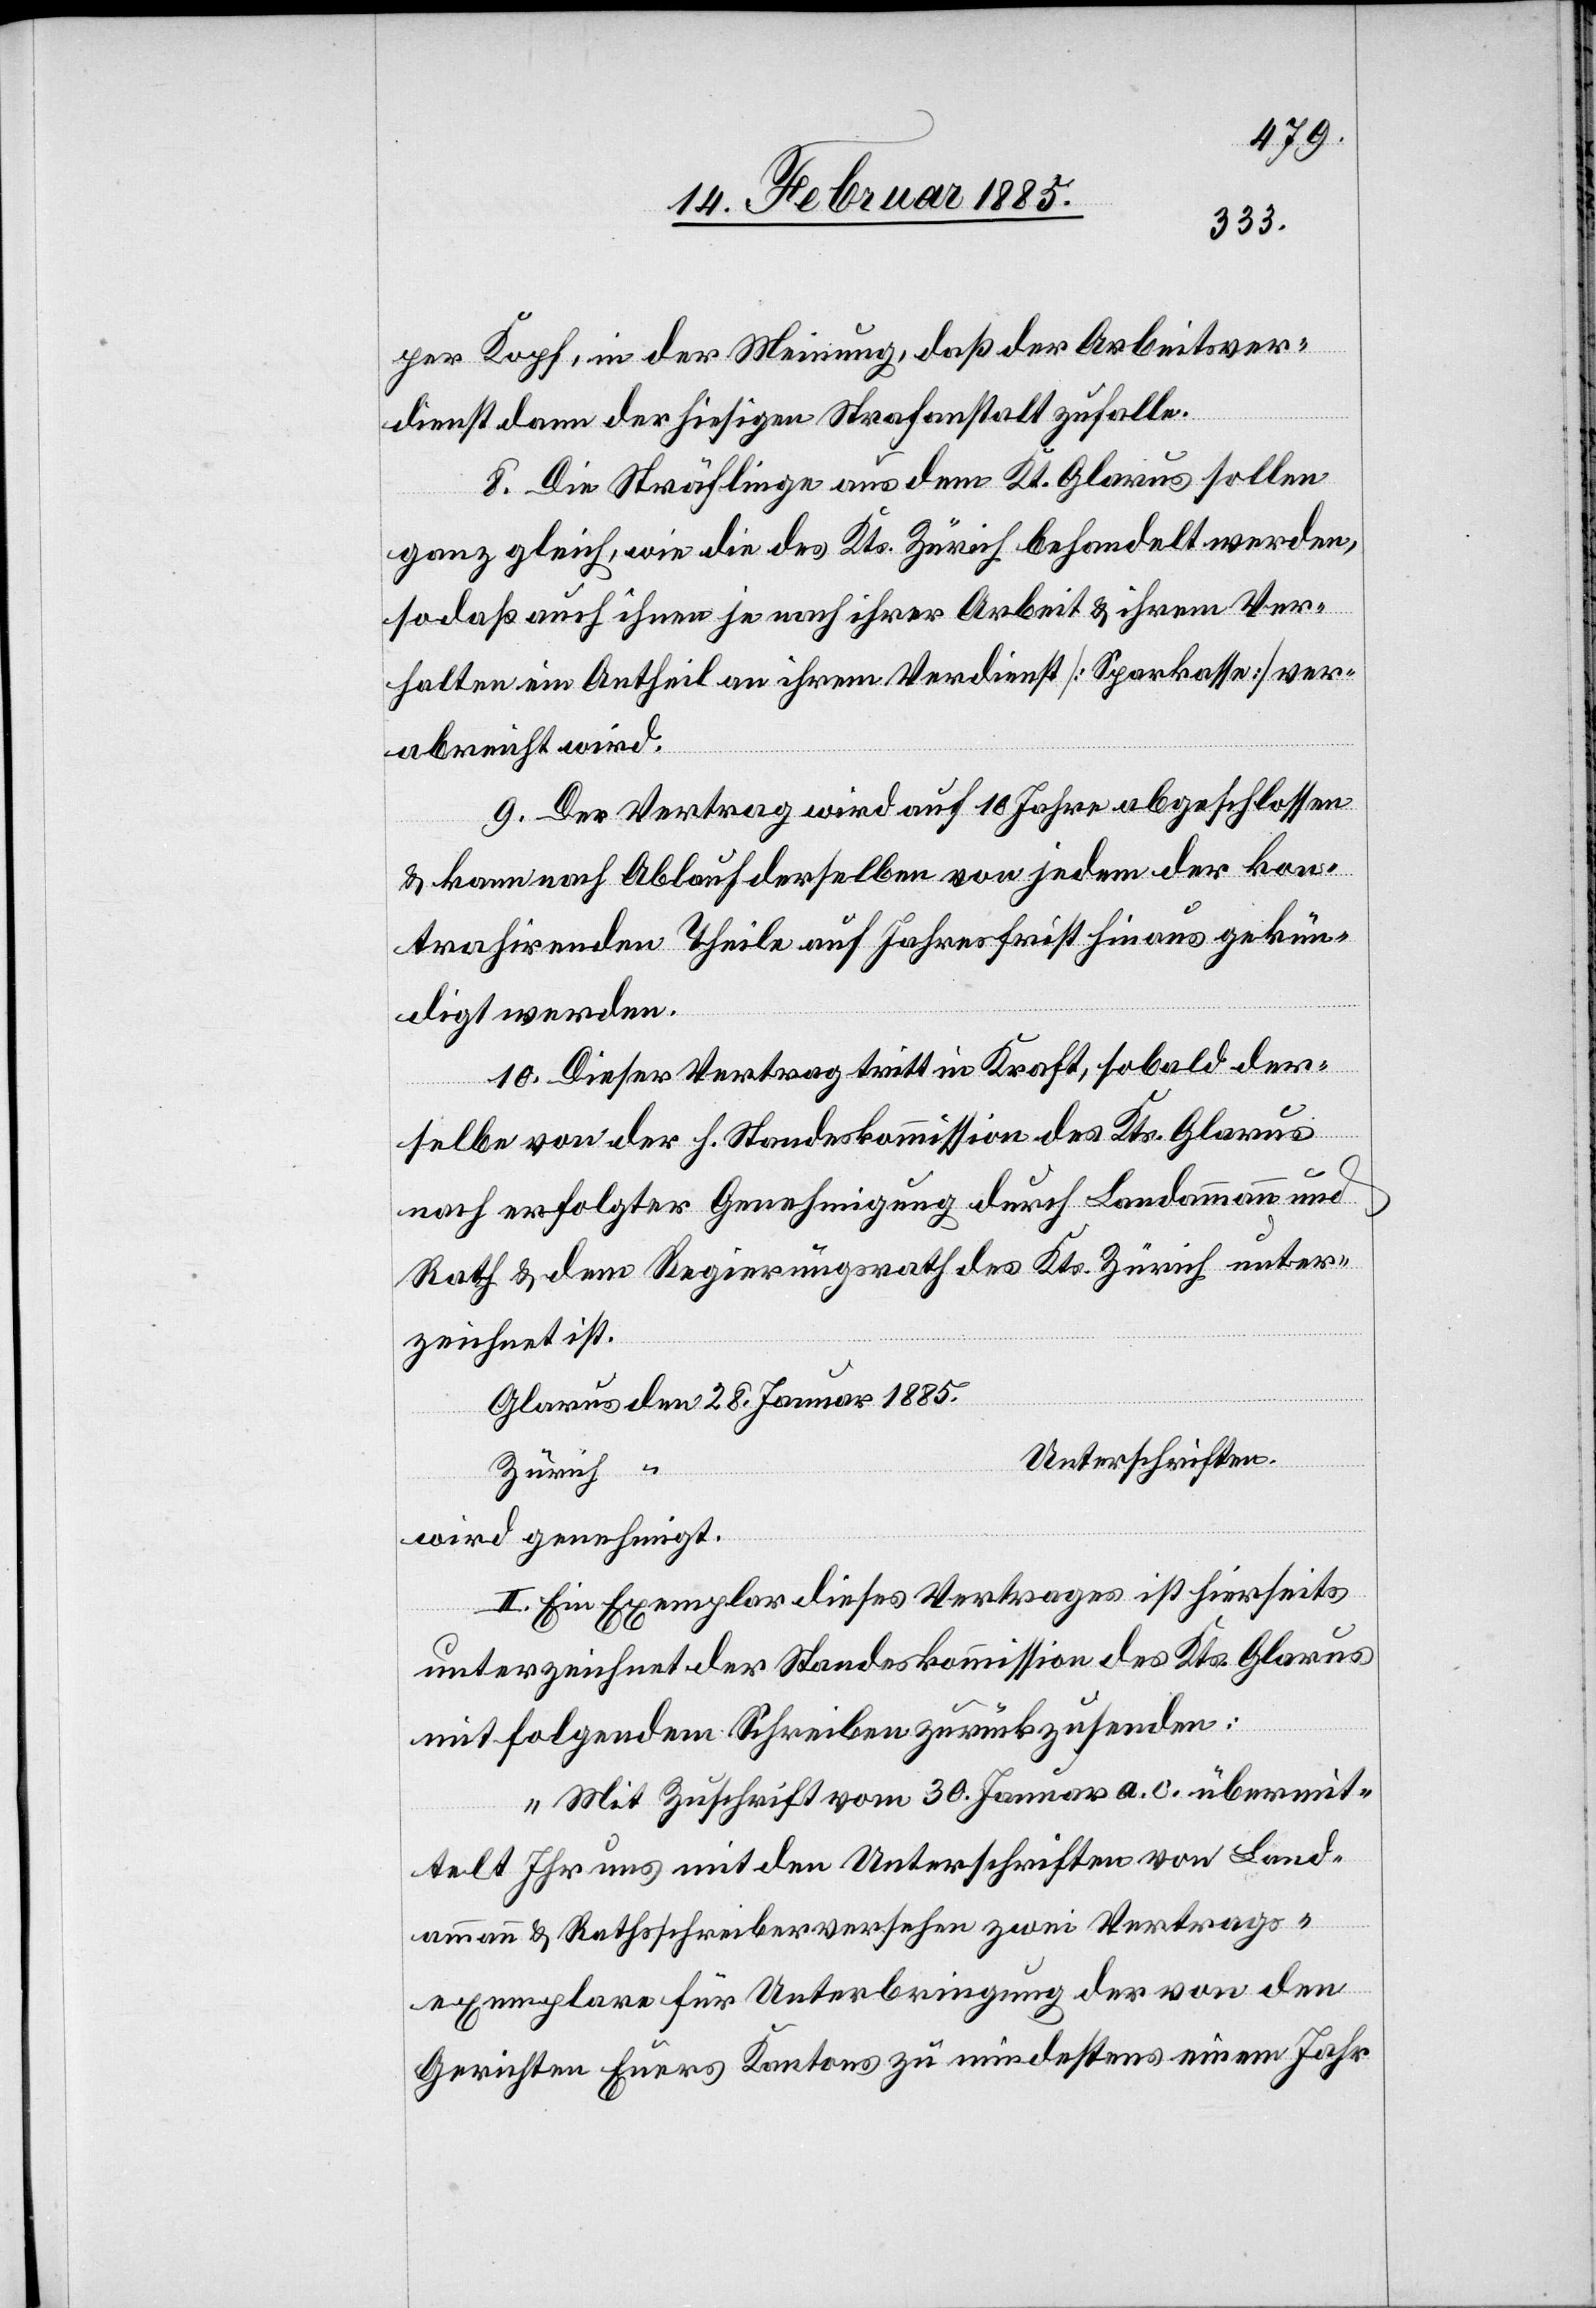
per Kopf, in der Meinung, daß der Arbeitsver¬
dienst dann der hiesigen Strafanstalt zufalle.
8. Die Sträflinge aus dem Kt. Glarus sollen
ganz gleich, wie die des Kts. Zürich behandelt werden,
sodaß auch ihnen je nach ihrer Arbeit & ihrem Ver¬
halten ein Antheil an ihrem Verdienst [Sparkasse] ver¬
abreicht wird.
9. Der Vertrag wird auf 10 Jahre abgeschlossen
& kann nach Ablauf derselben von jedem der kon¬
trahirenden Theile auf Jahresfrist hinaus gekün¬
digt werden.
10. Dieser Vertrag tritt in Kraft, sobald der¬
selbe von der h. Standeskommission des Kts. Glarus
nach erfolgter Genehmigung durch Landammann und
Rath & dem Regierungsrath des Kts. Zürich unter¬
zeichnet ist.
Glarus den 28. Januar 1885.
Zürich
wird genehmigt.
II. Ein Exemplar dieses Vertrages ist hierseits
unterzeichnet der Standeskommission des Kts. Glarus
mit folgendem Schreiben zurückzusenden:
„Mit Zuschrift vom 30. Januar a. c. übermit¬
telt Ihr uns mit den Unterschriften von Land¬
ammann & Rathsschreiber versehen zwei Vertrags¬
exemplare für Unterbringung der von den
Gerichten Eures Kantons zu mindestens einem Jahr